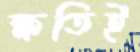
ক্ষতিই